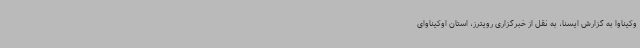
وکیناوا به گزارش ایسنا، به نقل از خبرگزاری رویترز، استان اوکیناوای